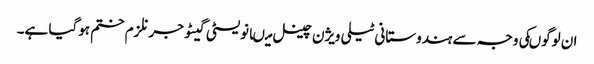
ان لوگوںکی وجہ سے ہندوستانی ٹیلی ویژن چینل میںانویسٹی گیٹو جرنلزم ختم ہوگیا ہے۔